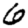
Digit: 6